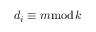
d _ { i } \equiv m { \bmod { k } }